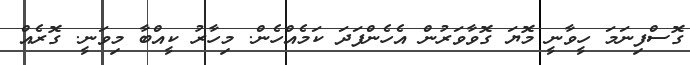
ގޮސްފިނަމަ ހީވާނީ މޮޔަ ގޮވާވަރުން އެހެންފަދަ ކަމެއްހެން. މިހާރު ކީއްބާ މިވަނީ. ގޮރެއް